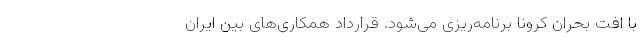
با افت بحران کرونا برنامه‌‌ریزی می‌شود. قرارداد همکاری‌های بین ایران